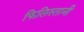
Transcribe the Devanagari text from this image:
फिलिस्तानी